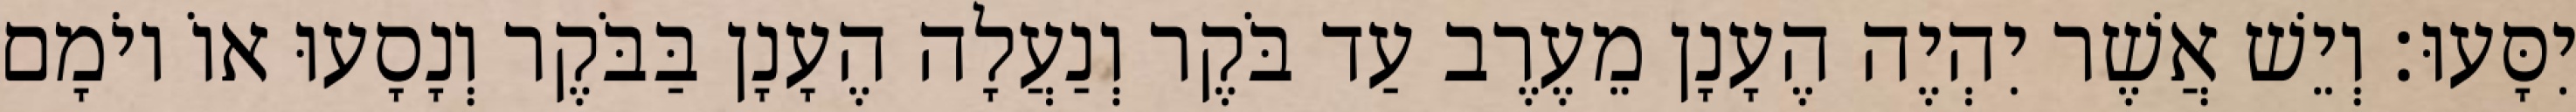
יִסָּעוּ׃ וְיֵשׁ אֲשֶׁר יִהְיֶה הֶעָנָן מֵעֶרֶב עַד בֹּקֶר וְנַעֲלָה הֶעָנָן בַּבֹּקֶר וְנָסָעוּ אוֹ יוֹמָם